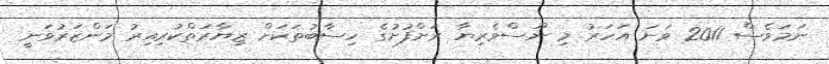
ނަމަވެސް 2011 ވަނަ އަހަރު މި ނޫސްވެރިޔާ ރަށްފުށުގެ ހިސާބުތަކަށް ޒިޔާރަތްކުރިއިރު މަންޒަރުވަނީ